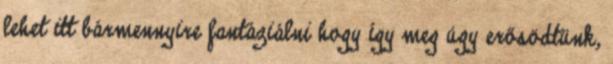
lehet itt bármennyire fantáziálni hogy így meg úgy erősödtünk,